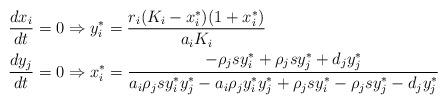
LaTeX: \begin{align*}\begin{aligned}\frac{dx_i}{dt} &= 0 \Rightarrow y_{i}^* =\frac{r_i(K_i-x_i^*)(1+x_i^*)}{a_iK_i} \\\frac{dy_j}{dt} &= 0 \Rightarrow x_{i}^* = \frac {-\rho_jsy_i^*+\rho_jsy_j^*+d_jy_j^*}{ a_i\rho_jsy_i^*y_j^*-a_i\rho_jy_i^*y_j^*+\rho_jsy_i^*-\rho_jsy_j^*-d_jy_j^*}\end{aligned}\end{align*}